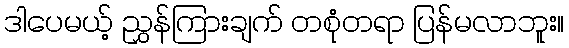
ဒါပေမယ့် ညွှန်ကြားချက် တစုံတရာ ပြန်မလာဘူး။